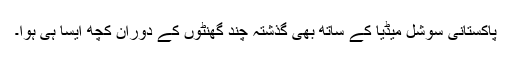
پاکستانی سوشل میڈیا کے ساتھ بھی گذشتہ چند گھنٹوں کے دوران کچھ ایسا ہی ہوا۔